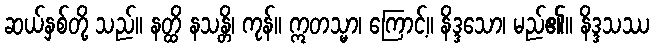
ဆယ်နှစ်တို့ သည်။ နတ္ထိ နသန္တိ၊ ကုန်။ ဣတသ္မာ၊ ကြောင့်။ နိဒ္ဒသော၊ မည်၏။ နိဒ္ဒသဿ